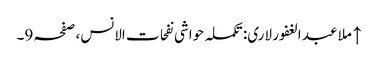
↑ ملا عبد الغفور لاری: تکملہ حواشی نفحات الانس، صفحہ 9۔